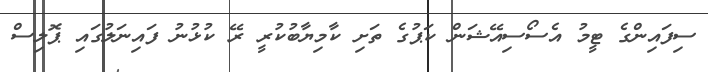
ސިފައިންގެ ޓީމު އެސޯސިއޭޝަން ކަޕުގެ ތަށި ކާމިޔާބުކުރީ ރޭ ކުޅުނު ފައިނަލުގައި ޕޮލިސް